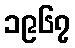
၁၉၆၇